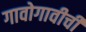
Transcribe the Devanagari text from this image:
गावोगावीची